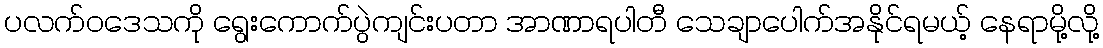
ပလက်ဝဒေသကို ရွေးကောက်ပွဲကျင်းပတာ အာဏာရပါတီ သေချာပေါက်အနိုင်ရမယ့် နေရာမို့လို့